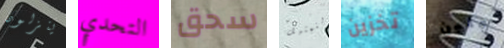
ينزلون التحدي سحق التمثيل تخزين جلين